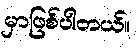
မှာဖြစ်ပါတယ်။